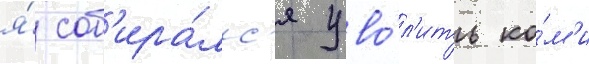
я́ соб'ира́лс'я уво́л'ить ко́м'и